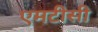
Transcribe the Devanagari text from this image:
एमटीसी